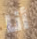
أنا